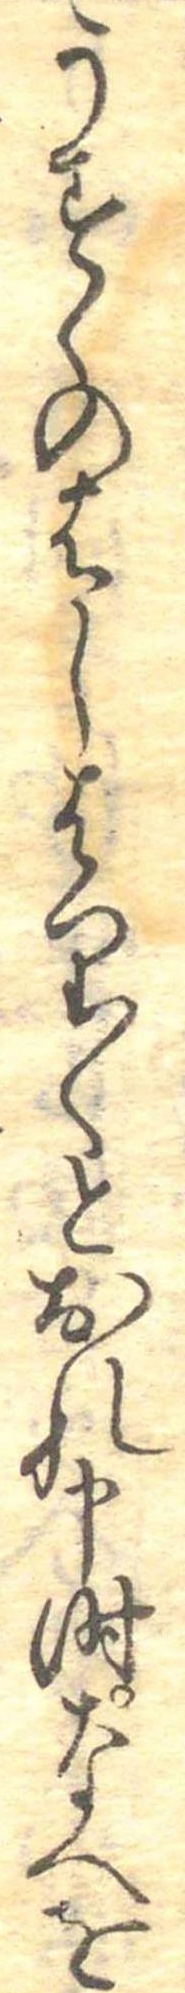
うすくのはしはり〱とおれ申時なへを